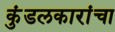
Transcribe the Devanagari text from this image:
कुंडलकारांचा